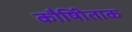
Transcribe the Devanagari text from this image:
कौषीिताक